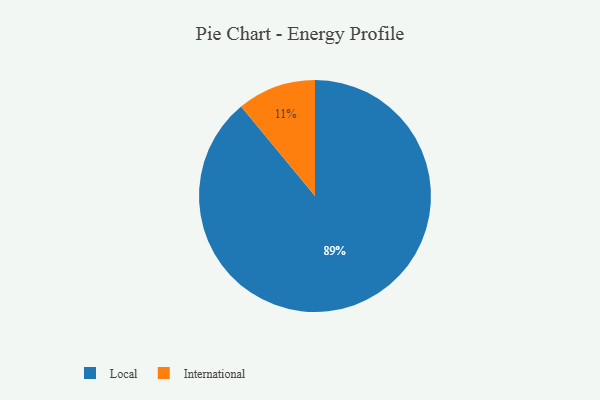
{"axis": {"x": "Category", "y": "Percentage"}, "legend": ["International", "Local"], "data": [{"x": "Local", "y": 89, "type": "Local"}, {"x": "International", "y": 11, "type": "International"}]}